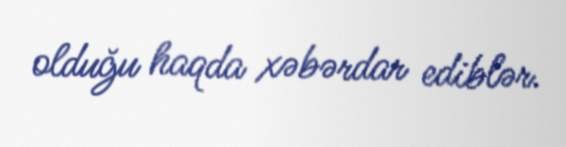
olduğu haqda xəbərdar ediblər.